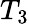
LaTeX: T_{3}